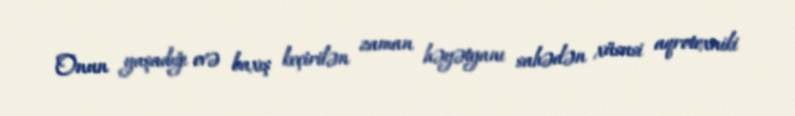
Onun yaşadığı evə baxış keçirilən zaman həyətyanı sahədən xüsusi aqrotexniki